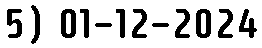
5) 01-12-2024